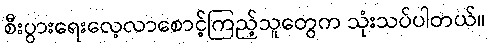
စီးပွားရေးလေ့လာစောင့်ကြည့်သူတွေက သုံးသပ်ပါတယ်။